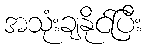
အသုံးချနိုင်ပြီး